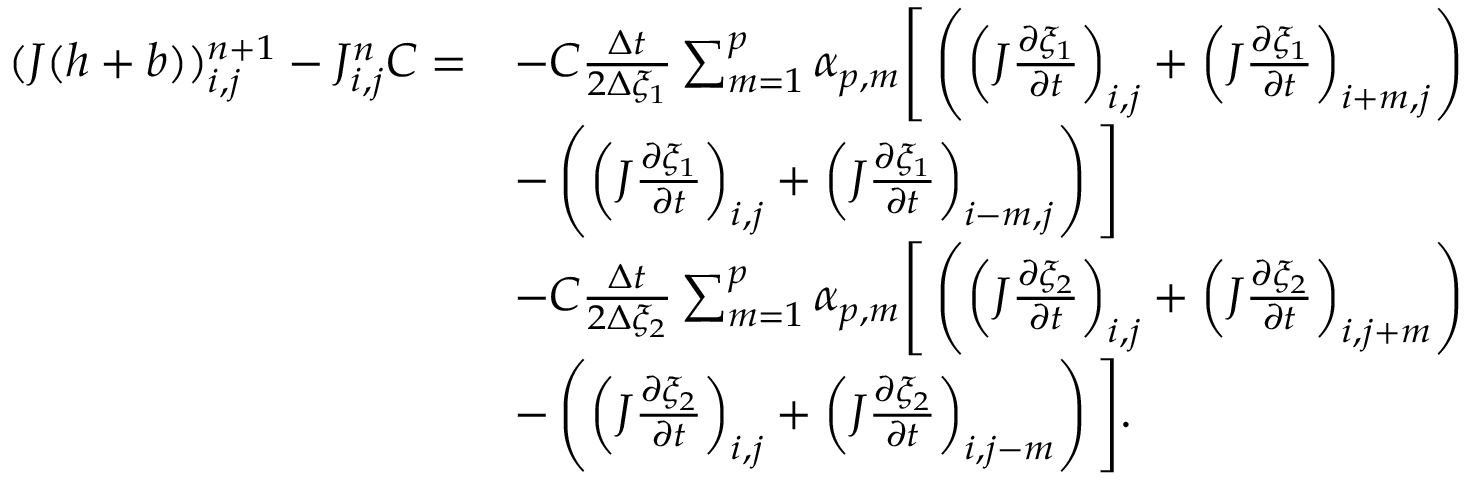
\begin{array} { r l } { ( J ( h + b ) ) _ { i , j } ^ { n + 1 } - J _ { i , j } ^ { n } C = } & { - C \frac { \Delta t } { 2 \Delta { \xi _ { 1 } } } \sum _ { m = 1 } ^ { p } \alpha _ { p , m } \Bigg [ \left( \left( J \frac { \partial \xi _ { 1 } } { \partial t } \right) _ { i , j } + \left( J \frac { \partial \xi _ { 1 } } { \partial t } \right) _ { i + m , j } \right) } \\ & { - \left( \left( J \frac { \partial \xi _ { 1 } } { \partial t } \right) _ { i , j } + \left( J \frac { \partial \xi _ { 1 } } { \partial t } \right) _ { i - m , j } \right) \Bigg ] } \\ & { - C \frac { \Delta t } { 2 \Delta { \xi _ { 2 } } } \sum _ { m = 1 } ^ { p } \alpha _ { p , m } \Bigg [ \left( \left( J \frac { \partial \xi _ { 2 } } { \partial t } \right) _ { i , j } + \left( J \frac { \partial \xi _ { 2 } } { \partial t } \right) _ { i , j + m } \right) } \\ & { - \left( \left( J \frac { \partial \xi _ { 2 } } { \partial t } \right) _ { i , j } + \left( J \frac { \partial \xi _ { 2 } } { \partial t } \right) _ { i , j - m } \right) \Bigg ] . } \end{array}